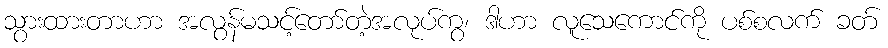
သွားထားတာဟာ အလွန်မသင့်တော်တဲ့အလုပ်ကွ၊ ဒါဟာ လူသေကောင်ကို ပစ်စလက် ခတ်